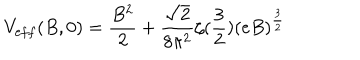
V _ { \mathrm e f f } ( B , 0 ) = \frac { B ^ { 2 } } { 2 } + \frac { \sqrt { 2 } } { 8 \pi ^ { 2 } } \zeta ( \frac { 3 } { 2 } ) ( e B ) ^ { \frac { 3 } { 2 } }